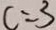
c = 3